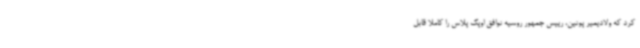
کرد که ولادیمیر پوتین، رییس جمهور روسیه توافق اوپک پلاس را کاملا قابل